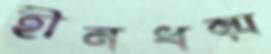
হীনধম্ম